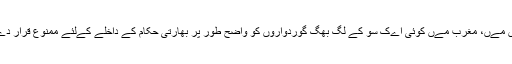
گزشتہ ہفتوں مےں، مغرب مےں کوئی اےک سو کے لگ بھگ گوردواروں کو واضح طور پر بھارتی حکام کے داخلے کےلئے ممنوع قرار دے دےا گےا۔